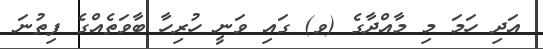
އަދި ހަމަ މި މާއްދާގެ (ވ) ގައި ވަނީ ހުރިހާ ބާވަތެއްގެ ފިތުނަ